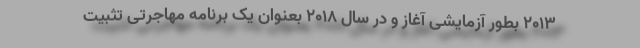
2013 بطور آزمایشی آغاز و در سال 2018 بعنوان یک برنامه مهاجرتی تثبیت